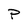
Character: P